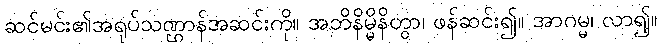
ဆင်မင်း၏အရုပ်သဏ္ဌာန်အဆင်းကို။ အဘိနိမ္မိနိတွာ၊ ဖန်ဆင်း၍။ အာဂမ္မ၊ လာ၍။